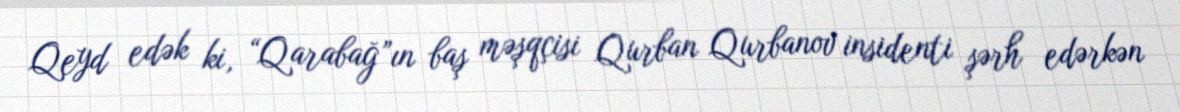
Qeyd edək ki, “Qarabağ”ın baş məşqçisi Qurban Qurbanov insidenti şərh edərkən